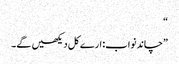
“
”چاند نواب: ارے کل دیکھیں گے۔